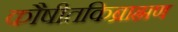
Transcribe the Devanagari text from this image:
कौषीतकिब्राह्मण